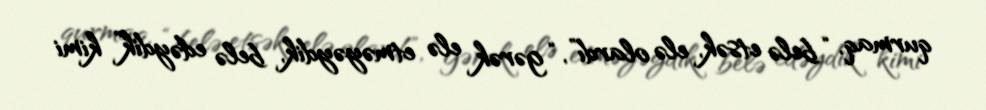
qurmaq, “belə etsək, elə olardı”, “gərək elə etməyəydik, belə edəydik” kimi